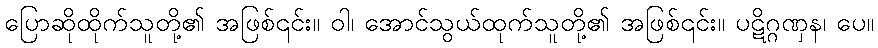
ပြောဆိုထိုက်သူတို့၏ အဖြစ်၎င်း။ ဝါ၊ အောင်သွယ်ထုက်သူတို့၏ အဖြစ်၎င်း။ ပဋိဂ္ဂဏှန၊ ပေ။